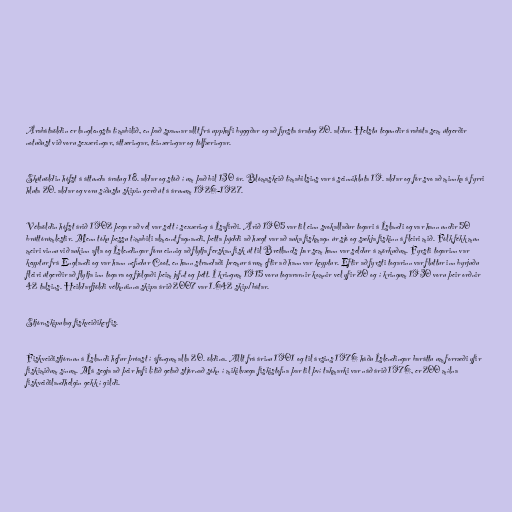
Árabátaöldin er langlengsta tímabilið, en það spannar allt frá upphafi byggðar og að fyrsta áratug 20. aldar. Helstu tegundir árabáta sem útgerðir
notuðust við voru sexæringar, áttæringar, teinæringar og tólfæringar.

Skútuöldin hófst á áttunda áratug 18. aldar og stóð í um það bil 130 ár. Blómaskeið tímabilsins var á seinnihluta 19. aldar og fór svo að minnka á fyrri
hluta 20. aldar og voru síðustu skipin gerð út á árunum 1926-1927.

Vélaöldin hófst árið 1902 þegar að vél var sett í sexæring á Ísafirði. Árið 1905 var til einn svokallaður togari á Íslandi og var hann undir 50
brúttórúmlestir. Menn tóku þessu tímabili almennt fagnandi, þetta þýddi að hægt var að auka fiskmagn úr sjó og sækja fiskinn á fleiri mið. Fólk fékk mun
meiri vinnu við aukinn afla og Íslendingar fóru einnig að flytja ferskan fisk út til Bretlands þar sem hann var seldur á mörkuðum. Fyrsti togarinn var
keyptur frá Englandi og var hann nefndur Coot, en hann strandaði þremur árum eftir að hann var keyptur. Eftir að fyrsti togarinn var fluttur inn byrjuðu
fleiri útgerðir að flytja inn togara og fjölgaði þeim jafnt og þétt. Í kringum 1915 voru togararnir komnir vel yfir 20 og í kringum 1930 voru þeir orðnir
42 talsins. Heildarfjöldi vélknúinna skipa árið 2007 var 1.642 skip/bátar.

Stjórnskipulag fiskveiðikerfis.

Fiskveiðistjórnun á Íslandi hefur þróast í áföngum alla 20. öldina. Allt frá árinu 1901 og til ársins 1976 háðu Íslendingar baráttu um forræði yfir
fiskimiðum sínum. Má segja að þeir hafi lítið getað stjórnað sókn í mikilvæga fiskistofna þar til því takmarki var náð árið 1976, er 200 mílna
fiskveiðilandhelgin gekk í gildi.